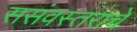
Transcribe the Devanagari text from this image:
ससंवस्तराचे